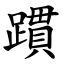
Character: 躀